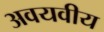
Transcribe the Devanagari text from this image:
अवयवीय